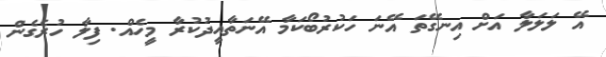
އޭ ލަލަލާ އަށް އިނގޭތަ އޭނަ ހަކުރުބޯކަމާ އޭނަތާއީދުކުރާ މީހެއް. ފިލާ ހުރެގެން